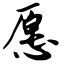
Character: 愿